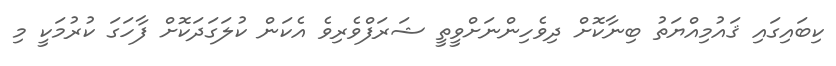
ކިބައިގައި ޤައުމިއްޔަތު ބިނާކޮށް ދިވެހިންނަށްވީތީ ޝަރަފްވެރިވެ އެކަން ކުލަގަދަކޮށް ފާހަގަ ކުރުމަކީ މި